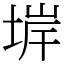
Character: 堓